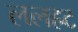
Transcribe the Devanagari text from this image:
ललहट